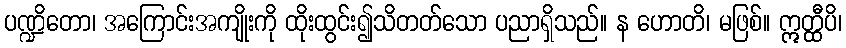
ပဏ္ဍိတော၊ အကြောင်းအကျိုးကို ထိုးထွင်း၍သိတတ်သော ပညာရှိသည်။ န ဟောတိ၊ မဖြစ်။ ဣတ္ထီပိ၊